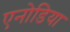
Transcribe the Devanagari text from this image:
एनोडिया